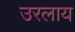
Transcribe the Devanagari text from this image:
उरलाय